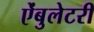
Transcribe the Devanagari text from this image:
ऐंबुलेटरी